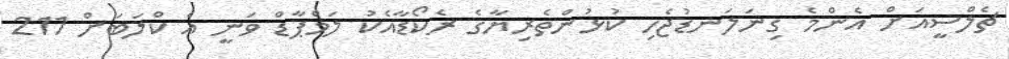
ޗެލްސީއަށް އެންމެ ގިނަލަނޑުޖެހި ކުޅުންތެރިޔާގެ ރެކޯޑާއެކު ލަމްޕާޑް ވަނީ އެ ކްލަބަށް 211